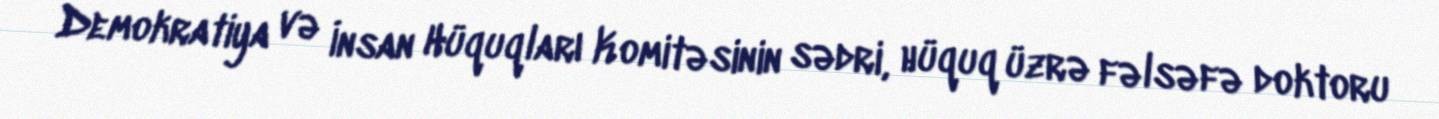
Demokratiya və İnsan Hüquqları Komitəsinin sədri, hüquq üzrə fəlsəfə doktoru